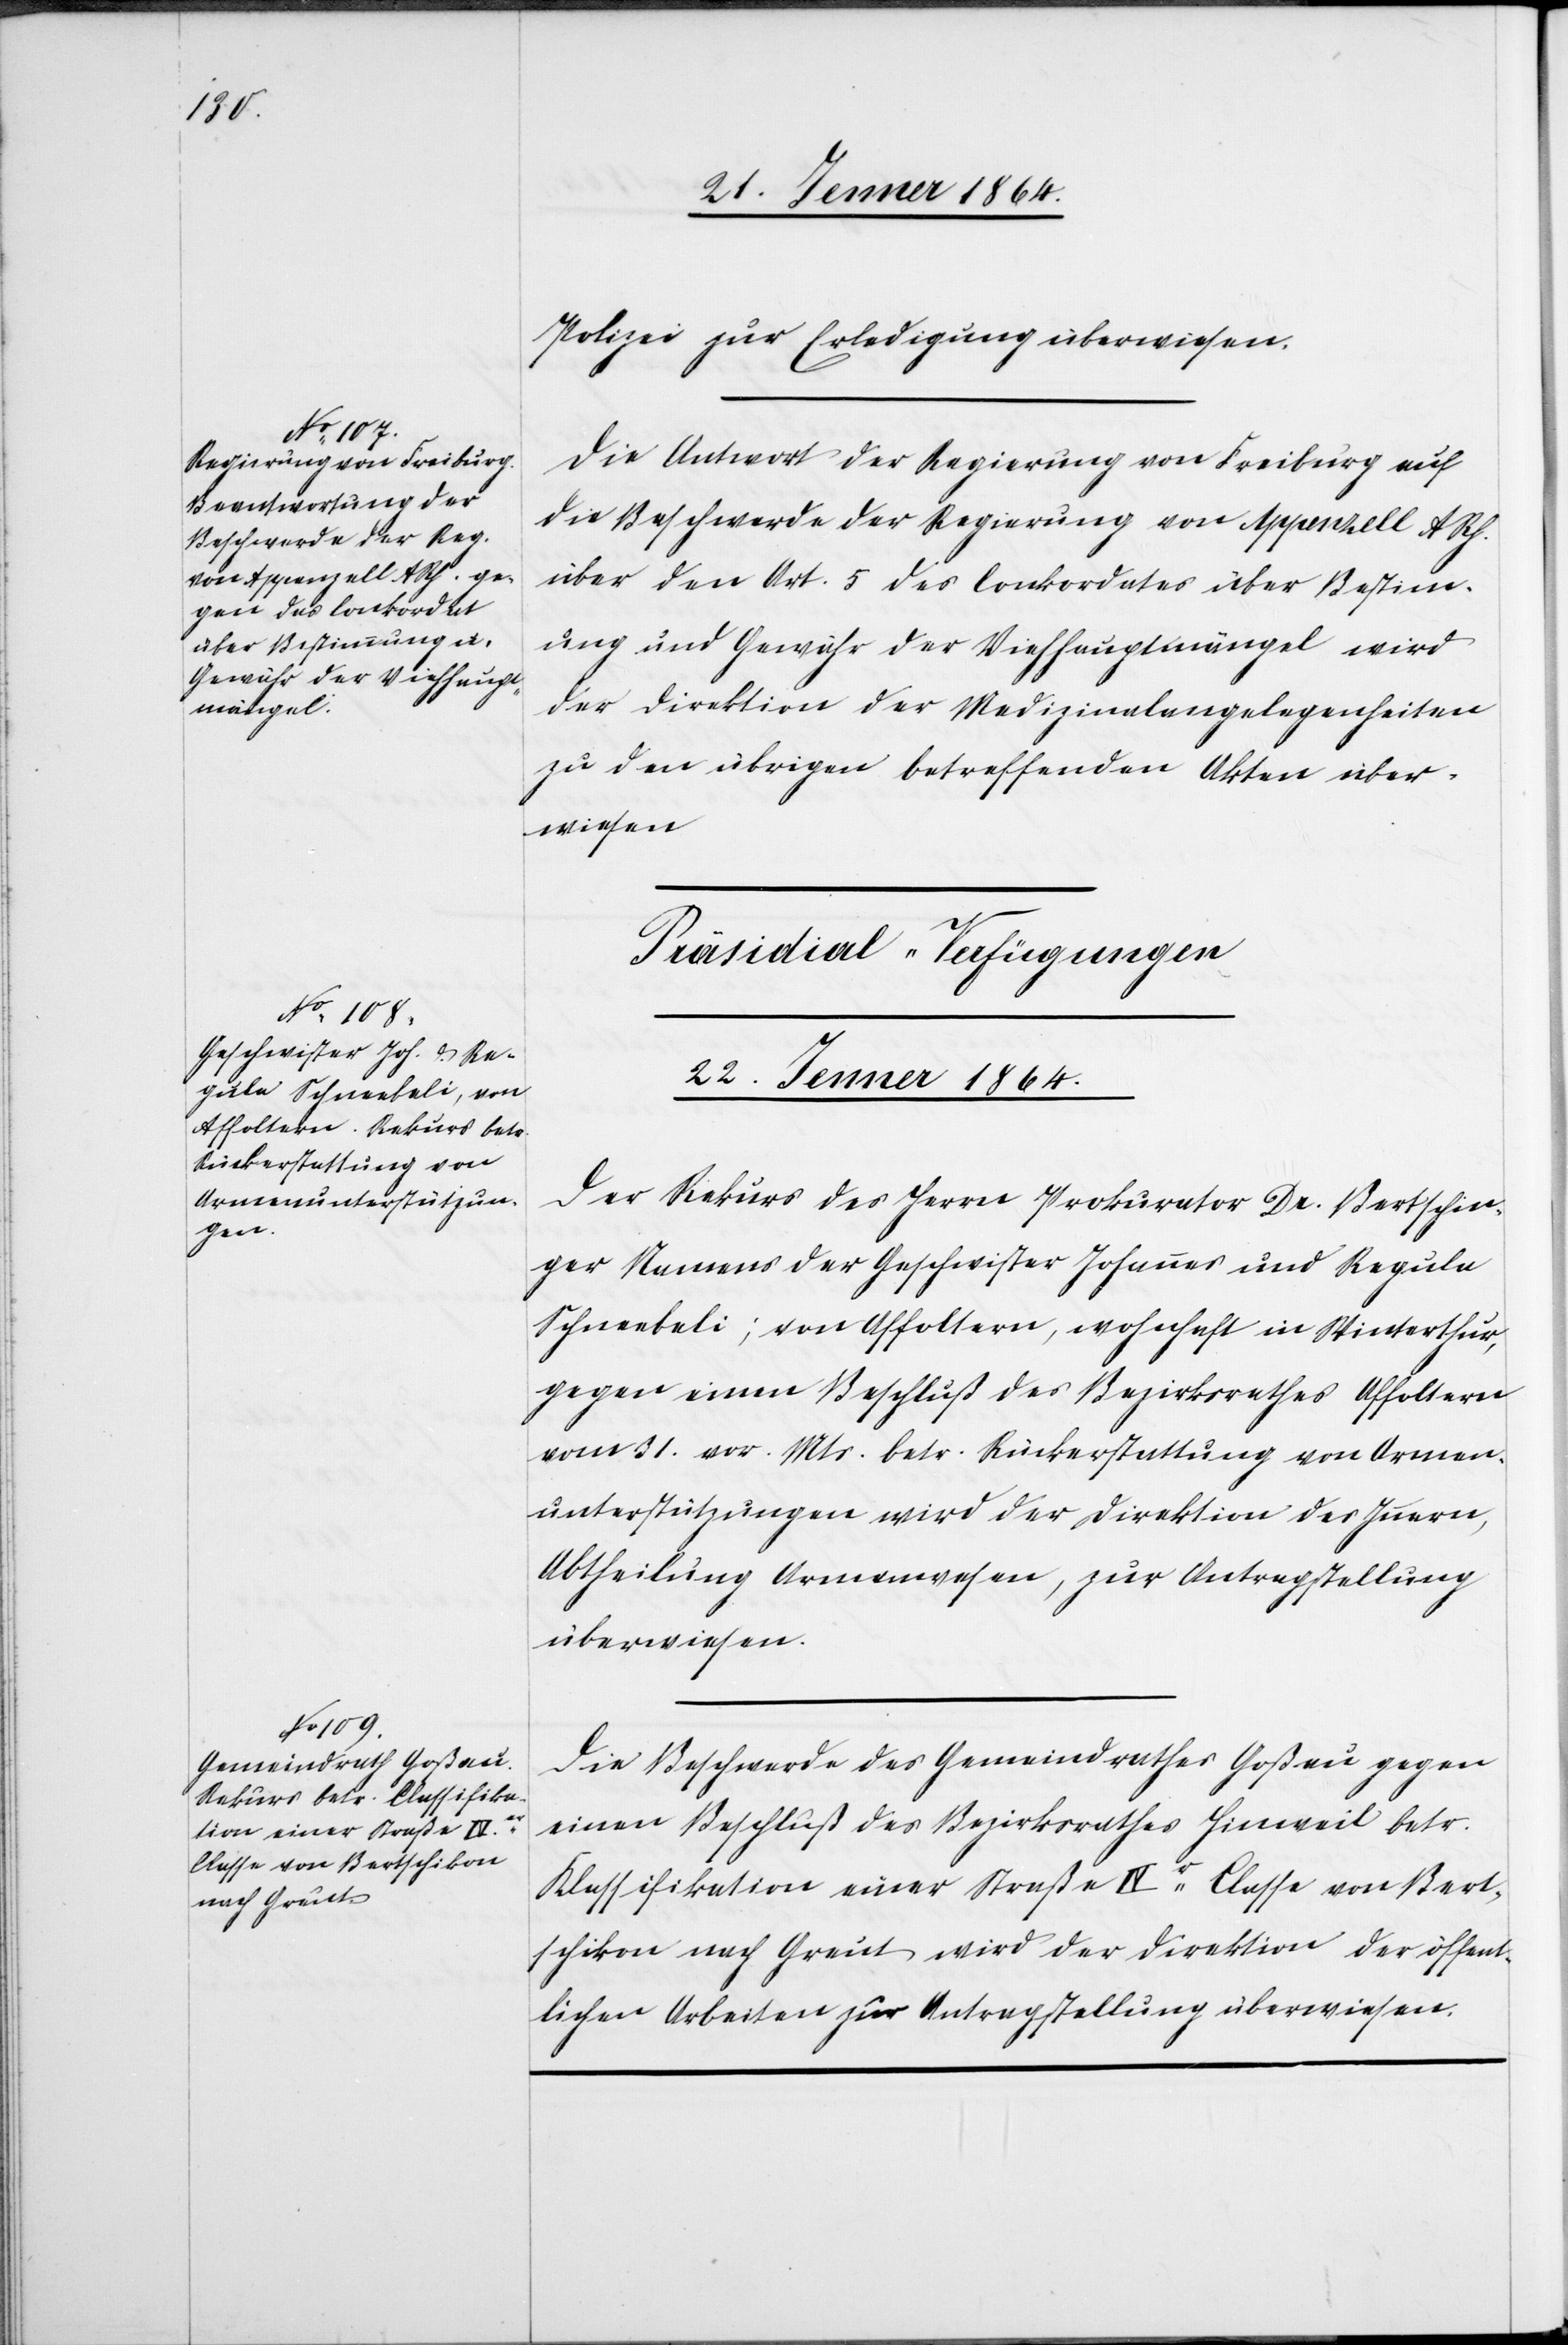
Polizei zur Erledigung überwiesen.
Die Antwort der Regierung von Freiburg auf
die Beschwerde der Regierung von Appenzell ARh.
über den Art. 5 des Conkordates über Bestim¬
mung und Gewähr der Viehhauptmängel wird
der Direktion der Medizinalangelegenheiten
zu den übrigen betreffenden Akten über¬
wiesen.
[Präsidial-Verfügungen
22. Jenner 1864.]
Der Rekurs des Herrn Prokurator Dr. Bertschin¬
ger Namens der Geschwister Johannes und Regula
Schneebeli; von Affoltern, wohnhaft in Winterthur,
gegen einen Beschluß des Bezirksrathes Affoltern,
vom 31. vor. Mts. betr. Rückerstattung von Armen¬
unterstützungen wird der Direktion des Innern,
Abtheilung Armenwesen, zur Antragstellung
überwiesen.
Die Beschwerde des Gemeindrathes Goßau gegen
einen Beschluß des Bezirksrathes Hinweil betr.
Klassifikation einer Straße IVer Classe von Bert¬
schikon nach Greut wird der Direktion der öffent¬
lichen Arbeiten zur Antragstellung überwiesen.